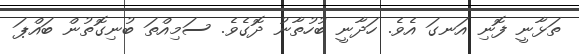
ތަޅާނީ ފޮނި އަނގަ އެވެ. ހަދާނީ ބުހުތާނު ދޮގެވެ. ސަމިއްތަ ބުނިގޮތުން ބައްޕަ